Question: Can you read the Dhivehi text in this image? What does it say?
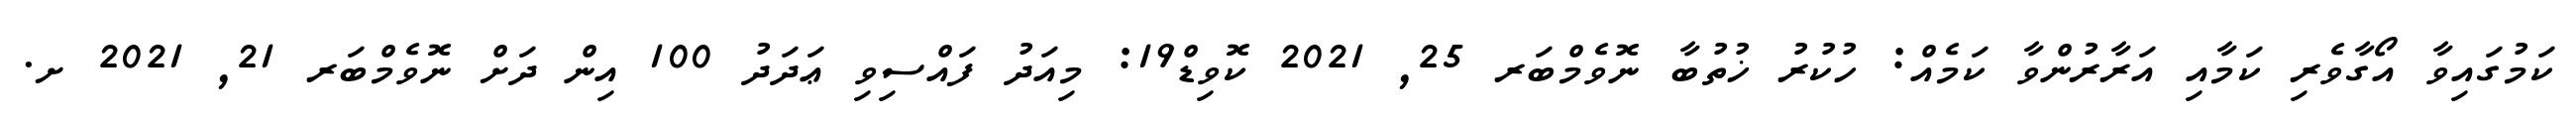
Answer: ކަމުގައިވާ އޯގާވެރި ކަމާއި އަރާރުންވާ ކަމެއް: ހުކުރު ޚުތުބާ ނޮވެމްބަރ 25, 2021 ކޮވިޑް19: މިއަދު ފައްސިވި ޢަދަދު 100 އިން ދަށް ނޮވެމްބަރ 21, 2021 ށ.